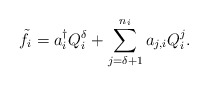
\begin{align*}\tilde f_i=a_i^\dag Q_i^\delta+\sum\limits_{j=\delta+1}^{n_i}a_{j,i}Q_i^j.\end{align*}